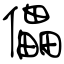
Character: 儡